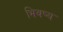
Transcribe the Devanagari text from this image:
भिवष्य